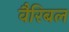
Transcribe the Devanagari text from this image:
वैरिबल